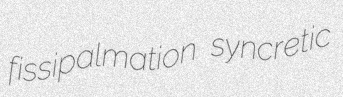
fissipalmation syncretic